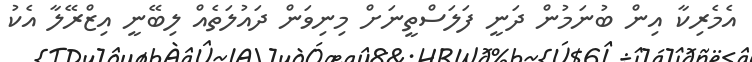
އެމެރިކާ އިން ބުނަމުން ދަނީ ފަލަސްތީނަށް މިނިވަން ދައުލަތެއް ލިބޭނީ އިޒްރޭލާ އެކު